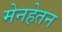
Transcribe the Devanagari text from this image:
मेनहेतन